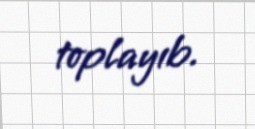
toplayıb.